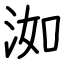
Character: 洳